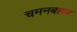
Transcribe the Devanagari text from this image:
चमनबहार